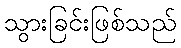
သွားခြင်းဖြစ်သည်